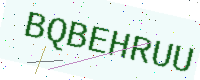
Text: BQBEHRUU